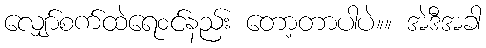
လျှော်စက်ထဲရေ၀င်နည်း တော့တာပါပဲ။။ အဲဒီအခါ